Vaccination in Bombay 1869-1873 - 1869-1873
Year: 1869
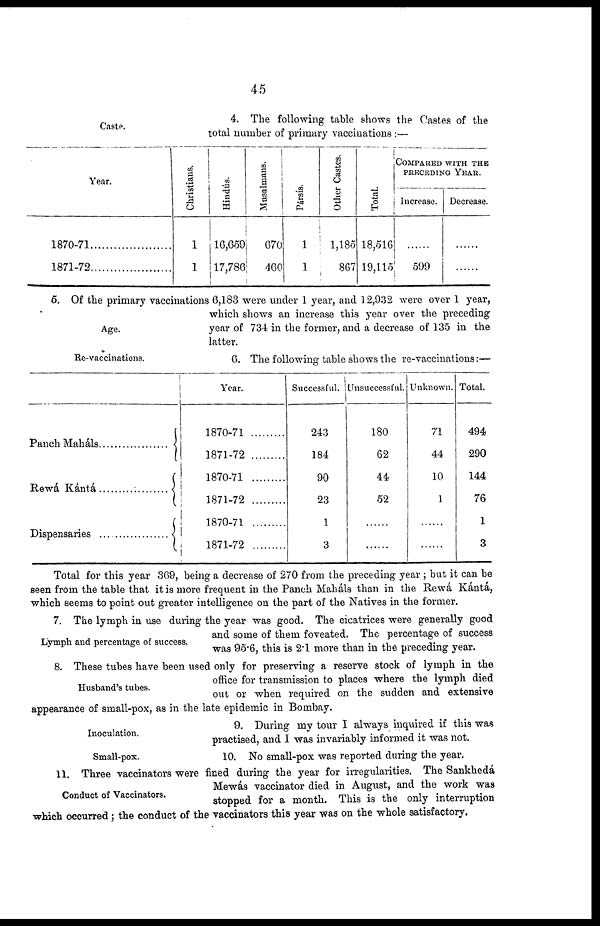
45
Caste.
4. The following table shows the Castes of the
total number of primary vaccinations :—
Year.
1870-71
1871-72
Christians.
1
1
Hindus.
16,659
17,786
Musalmans.
670
460
Pársís.
1
1
Other Castes.
1,185
867
Total.
18,516
19,115
COMPARED WITH THE
PRECEDING YEAR.
Increase.
......
599
Decrease.
......
......
Age.
5. Of the primary vaccinations 6,183 were under 1 year, and 12,932 were over 1 year,
which shows an increase this year over the preceding
year of 734 in the former, and a decrease of 135 in the
latter.
Re-vaccinations.
6. The following table shows the re-vaccinations:—
Panch Maháls
Rewá Kántá
Dispensaries ......
Year.
1870-71
1871-72
1870-71
1871-72
1870-71
1871-72
Successful.
243
184
90
23
1
3
Unsuccessful.
180
62
44
52
......
......
Unknown.
71
44
10
1
......
......
Total.
494
290
144
76
1
3
Total for this year 369, being a decrease of 270 from the preceding year ; but it can be
seen from the table that it is more frequent in the Panch Maháls than in the Rewá Kántá,
which seems to point out greater intelligence on the part of the Natives in the former.
Lymph and percentage of success.
7. The lymph in use during the year was good. The cicatrices were generally good
and some of them foveated. The percentage of success
was 95.6, this is 2.1 more than in the preceding year.
Husband's tubes.
8. These tubes have been used only for preserving a reserve stock of lymph in the
office for transmission to places where the lymph died
out or when required on the sudden and extensive
appearance of small-pox, as in the late epidemic in Bombay.
Inoculation.
9. During my tour I always inquired if this was
practised, and I was invariably informed it was not.
Small-pox.
10. No small-pox was reported during the year.
Conduct of Vaccinators.
11. Three vaccinators were fined during the year for irregularities. The Sankheda
Mewás vaccinator died in August, and the work was
stopped for a month. This is the only interruption
which occurred; the conduct of the vaccinators this year was on the whole satisfactory.